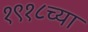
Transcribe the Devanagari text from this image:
१९१८च्या